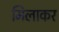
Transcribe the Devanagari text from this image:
मिलाकर